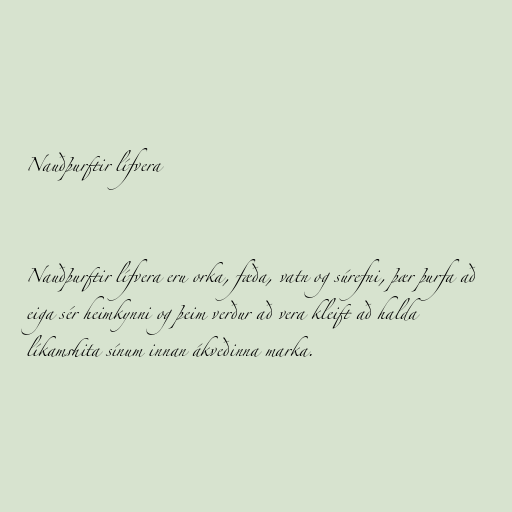
Nauðþurftir lífvera

Nauðþurftir lífvera eru orka, fæða, vatn og súrefni, þær þurfa að
eiga sér heimkynni og þeim verður að vera kleift að halda
líkamshita sínum innan ákveðinna marka.